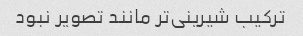
ترکیب شیرینی‌تر مانند تصویر نبود